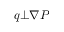
q \bot \nabla P